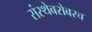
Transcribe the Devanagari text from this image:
संस्थेबरोबरच